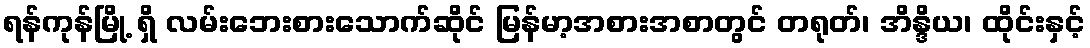
ရန်ကုန်မြို့ ရှိ လမ်းဘေးစားသောက်ဆိုင် မြန်မာ့အစားအစာတွင် တရုတ်၊ အိန္ဒိယ၊ ထိုင်းနှင့်